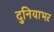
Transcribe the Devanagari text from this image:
दुनियाभऱ